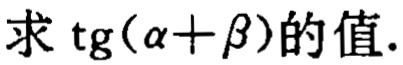
求\(\tg(\alpha +\beta)\)的值.